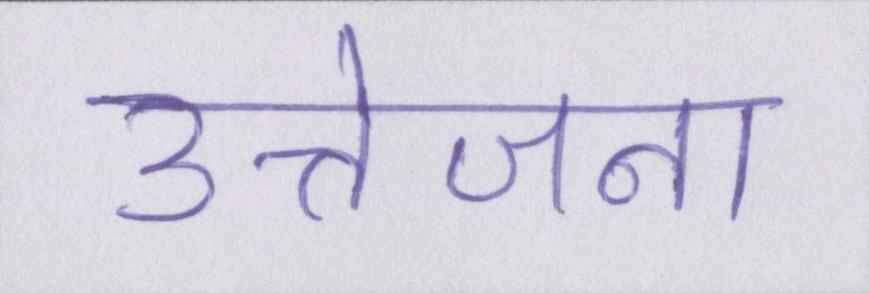
उत्तेजना